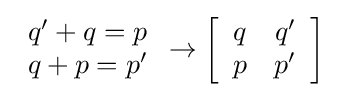
{\begin{array}{*{20}c}q'+q=p\\q+p=p'\end{array}}\to \left[{\begin{array}{*{20}c}q&q'\\p&p'\end{array}}\right]